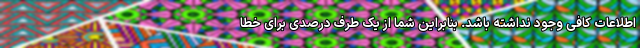
اطلاعات کافی وجود نداشته باشد. بنابراین شما از یک طرف درصدی برای خطا